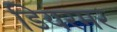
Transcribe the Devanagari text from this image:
डियरमर